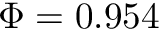
\Phi = 0 . 9 5 4